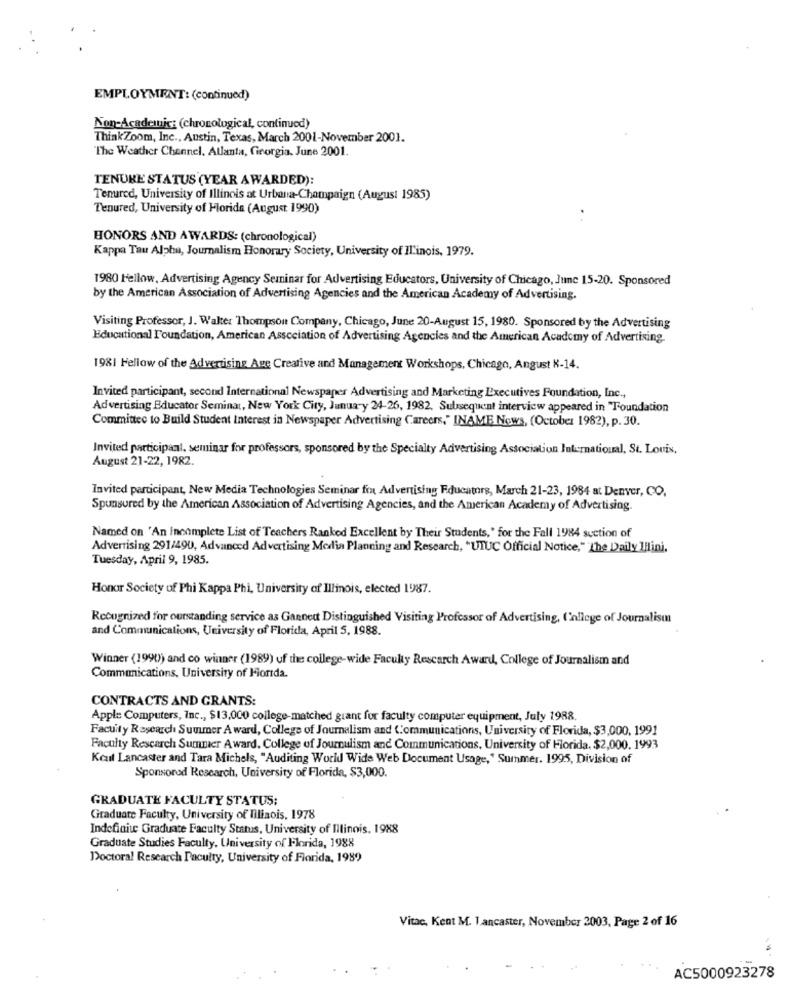
EMPLOYMENT: (continued)
Non-Academic: (chronological, continued)
ThinkZoom, Inc ., Austin, Texas, March 2001-November 2001.
The Weather Channel. Atlanta, Georgia. June 2001.
TENURE STATUS (YEAR AWARDED):
Tenured, University of Illinois at Urbana-Champaign (August 1985)
Tenured, University of Florida (August 1990)
HONORS AND AWARDS: (chronological)
Kappa Tau Alpha, Journalism Honorary Society, University of Ilinois, 1979.
1980 Fellow, Advertising Agency Seminar for Advertising Educators, University of Chicago, June 15-20. Sponsored
by the American Association of Advertising Agencies and the American Academy of Advertising.
Visiting Professor, J. Walter Thompson Company, Chicago, June 20-August 15, 1980. Sponsored by the Advertising
Educational Foundation, American Association of Advertising Agencies and the American Academy of Advertising.
1981 Fellow of the Advertising Age Creative and Management Workshops, Chicago, Angust K-14.
Invited participant, second International Newspaper Advertising and Marketing Executives Foundation, Inc .,
Advertising Educator Seminar, New York City, January 24-26, 1982. Subsequent interview appeared in "Foundation
Committee to Build Student Interest in Newspaper Advertising Careers," INAME News, (October 1982), p. 30.
Invited participaal, seminar for professors, sponsored by the Specialty Advertising Association International, St. Louis,
August 21-22, 1982.
Invited participant, New Media Technologies Seminar fon Advertising Educators, March 21-23, 1984 at Denver, CO.
Spunsured by the American Association of Advertising Agencies, and the American Academy of Advertising.
Named on 'An Incomplete List of Teachers Ranked Excellent by Their Students," for the Fall 1984 suction of
Advertising 291/490, Advanced Advertising Media Planning and Research, "UIUC Official Notice,""The Daily Illini.
Tuesday, April 9, 1985.
Honor Society of Phi Kappa Phi, University of Illinois, elected 1987.
Recognized for ourstanding service as Gannett Distinguished Visiting Professor of Advertising, College of Journalism
and Communications, University of Florida, April 5, 1988.
Winner (1990) and co winner (1989) of the college-wide Faculty Rescarch Award, College of Journalism and
Communications, University of Florida.
CONTRACTS AND GRANTS:
Apple Computers, Inc ., $13,000 college-matched grant for faculty computer equipment, July 1988.
Facuity Research Summer A ward, College of Journalism and Communications, University of Florida, $3,000, 1991
Faculty Research Summer Award. College of Journalism and Communications, University of Florida. $2,000. 1993
Keat Lancaster and Tara Michels, "Auditing World Wide Web Document Usage," Summer. 1995, Division of
Sponsored Research, University of Florida, $3,000.
GRADUATE FACULTY STATUS:
Graduate Faculty, University of Illinois, 1978
Indefinite Graduate Faculty Status, University of Illinois, 1988
Graduate Studies Faculty, University of Florida, 1988
Doctoral Research Faculty, University of Florida, 1989
Vitae, Kent M. 1 ancaster, November 2003, Page 2 of 16
AC5000923278